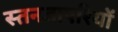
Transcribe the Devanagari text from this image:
स्तनजाएरियों